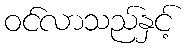
ဝင်လာသည်နှင့်